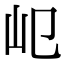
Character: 𡴱